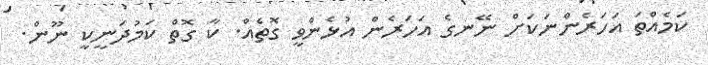
ކަމެއްތަ އަހަރެންނަކަށް ނޭނގެ އަހަރެން އުޅެންވީ ގޮތެއް. ކާ ގޮތް ކަމުދަނީކީ ނޫން.